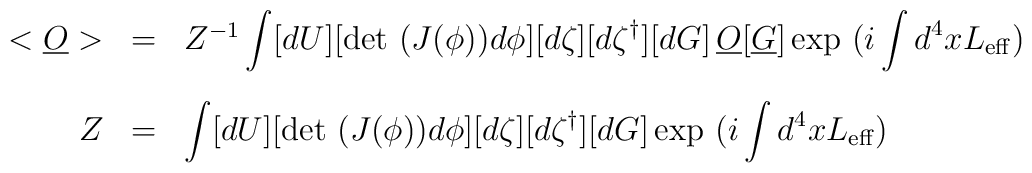
\begin{array}{rcl} < \underline{O} > &=& Z^{-1} \displaystyle\int [dU] [{\rm det} ~(J (\phi)) d \phi] [d \zeta] [d \zeta^\dagger] [dG]\,\underline{O} [\underline{G}] \, \mbox {\rm exp} ~(i \displaystyle \int d^4 xL_{\rm eff})\\[5mm] Z &=& \displaystyle \int [dU] [{\rm det} ~(J (\phi)) d\phi] [d \zeta] [d \zeta^\dagger] [dG] \, \mbox {\rm exp} ~(i \displaystyle\int d^4 x L_{\rm eff})\end{array}